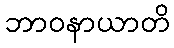
ဘာဝနာယာတိ